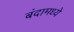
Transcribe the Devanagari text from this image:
बंदामध्ये